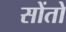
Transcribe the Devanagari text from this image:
सोंतो